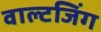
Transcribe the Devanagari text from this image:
वाल्टजिंग